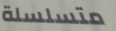
متسلسلة